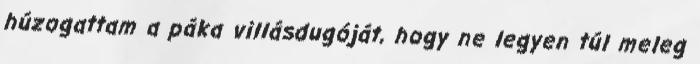
húzogattam a páka villásdugóját, hogy ne legyen túl meleg